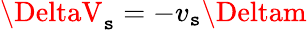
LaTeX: \DeltaV_{\mathtt{s}}=-v_{\mathtt{s}}\Deltam